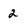
Character: 2